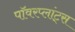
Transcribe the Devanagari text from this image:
पॉवरप्लांट्स